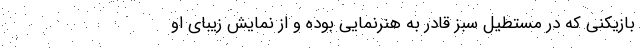
بازیکنی که در مستطیل سبز قادر به هنر‌نمایی بوده و از نمایش زیبای او